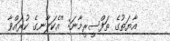
އާޔަތުގެ ތަފްސީރީމާނަ: ''އެކަލާނގެ ކުރައްވާ